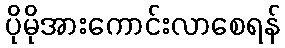
ပိုမိုအားကောင်းလာစေရန်